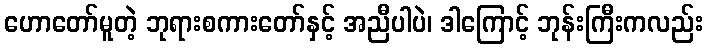
ဟောတော်မူတဲ့ ဘုရားစကားတော်နှင့် အညီပါပဲ၊ ဒါကြောင့် ဘုန်းကြီးကလည်း